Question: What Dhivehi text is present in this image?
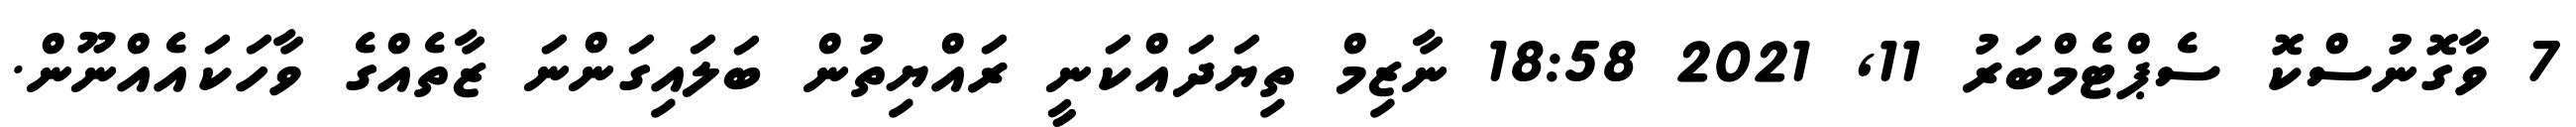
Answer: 7 ވާގޮނުސްކޮ ސެޕްޓެމްބަރު 11, 2021 18:58 ނާޒިމް ތިޔަދައްކަނީ ރައްޔިތުން ބަލައިގަންނަ ޒާތެއްގެ ވާހަކައެއްނޫން.